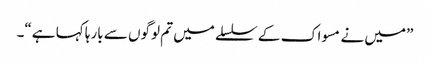
”میں نے مسواک کے سلسلے میں تم لوگوں سے بارہا کہا ہے“۔